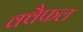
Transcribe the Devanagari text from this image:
क्वैफल